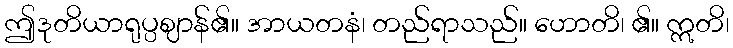
ဤဒုတိယာရုပ္ပဈာန်၏။ အာယတနံ၊ တည်ရာသည်။ ဟောတိ၊ ၏။ ဣတိ၊